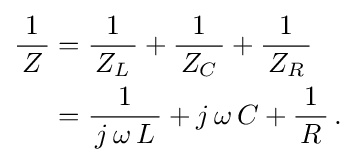
{\begin{aligned}{\frac {1}{\,Z\,}}&={\frac {1}{\,Z_{L}\,}}+{\frac {1}{\,Z_{C}\,}}+{\frac {1}{\,Z_{R}\,}}\\&={\frac {1}{\,j\,\omega \,L\,}}+j\,\omega \,C+{\frac {1}{\,R\,}}\,.\end{aligned}}